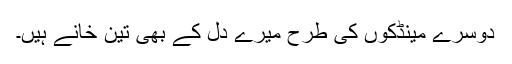
دوسرے مینڈکوں کی طرح میرے دل کے بھی تین خانے ہیں۔